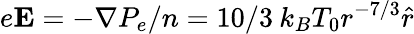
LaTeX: e\mathbf{E}=-\nabla P_{e}/n=10/3\: k_{B}T_{0}r^{-7/3}\hat{r}